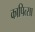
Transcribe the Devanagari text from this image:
कापित्सा